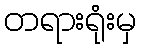
တရားရုံးမှ